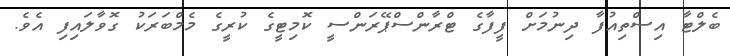
ބެލްޓާ އިސްތިއުފާ ދިނުމަށް ފީފާގެ ޓްރާންސްޕޭރަންސީ ކޮމިޓީގެ ކުރީގެ މެމްބަރަކު ގޮވާލައިފި އެވެ.